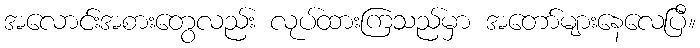
အလောင်းအစားတွေလည်း လုပ်ထားကြသည်မှာ အတော်များနေလေပြီ။